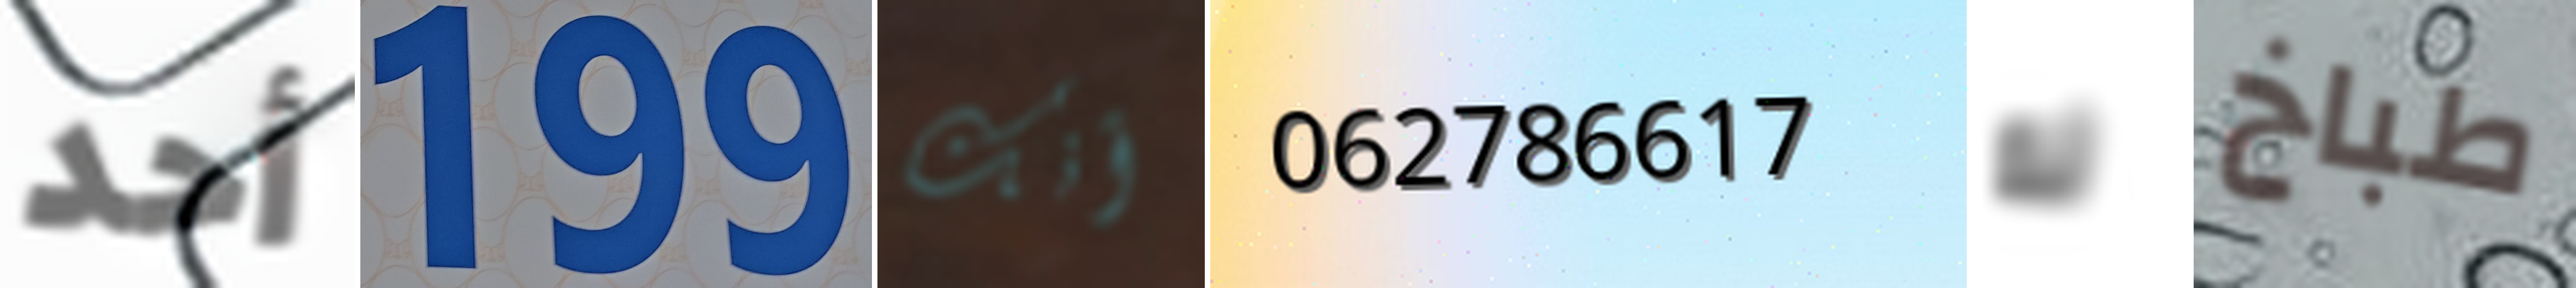
أحد 199 أنك 062786617 له طباخ